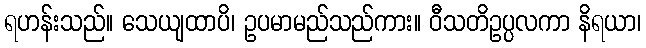
ရဟန်းသည်။ သေယျထာပိ၊ ဥပမာမည်သည်ကား။ ဝီသတိဥပ္ပလကာ နိရယာ၊